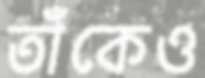
তাঁকেও